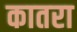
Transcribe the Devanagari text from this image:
कातरा